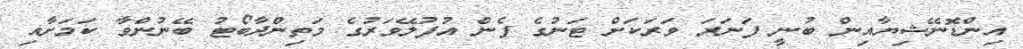
އިންޑޮނޭޝިޔާއިން ބުނީ ފަނަރަ ވަރަކަށް ޓަނުގެ ފެން އުފުލޭވަރުގެ މަތިންދާބޯޓު ބޭނުންވާ ކަމަށާއި